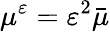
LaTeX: \mu^{\varepsilon}=\varepsilon^{2}\bar{\mu}